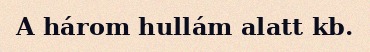
A három hullám alatt kb.